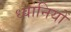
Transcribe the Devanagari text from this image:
ध्वानियों